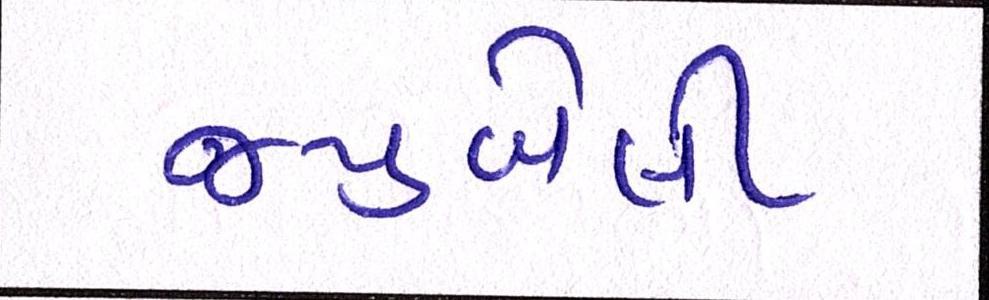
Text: જ્યુબેલી